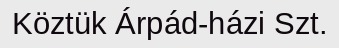
Köztük Árpád-házi Szt.